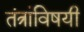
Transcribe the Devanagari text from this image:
तंत्रांविषयी